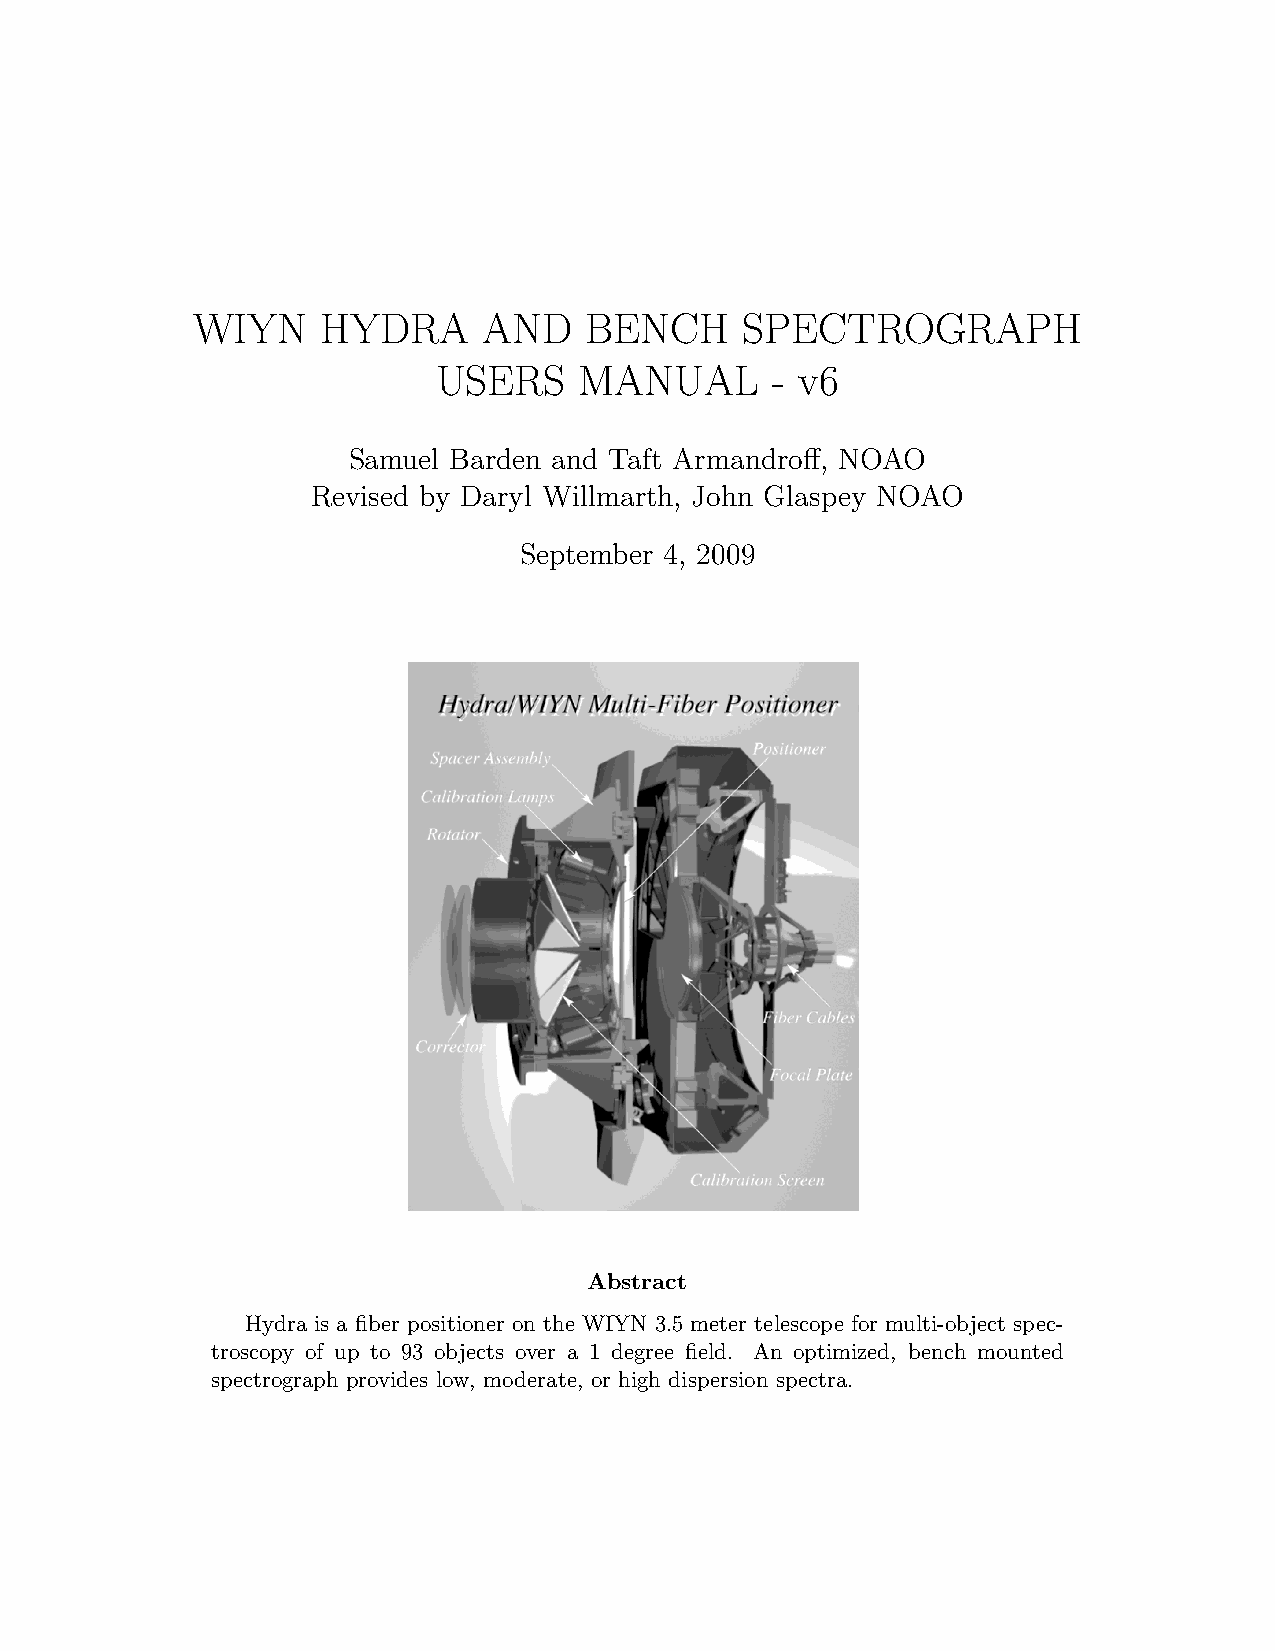
WIYN    HYDRA      AND    BENCH     SPECTROGRAPH
 USERS    MANUAL       - v6
 Samuel Barden and Taft Armandroff, NOAO
 Revised by Daryl Willmarth, John Glaspey NOAO
 September 4, 2009
 Abstract
 Hydra is a fiber positioner on the WIYN 3.5 meter telescope for multi-object spec-
 troscopy of up to 93 objects over a 1 degree field. An optimized, bench mounted
 spectrograph provides low, moderate, or high dispersion spectra.